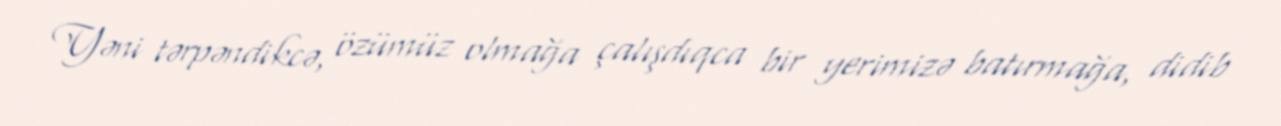
Yəni tərpəndikcə, özümüz olmağa çalışdıqca bir yerimizə batırmağa, didib